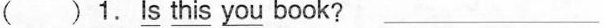
( )1. \underline{Is} \underline{this} \underline{you} book? ___